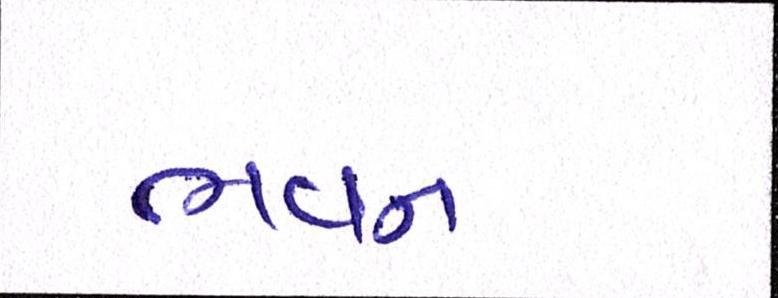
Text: ભવન